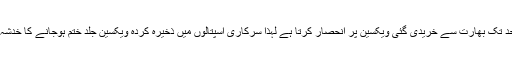
پاکستان بڑی حد تک بھارت سے خریدی گئی ویکسین پر انحصار کرتا ہے لہٰذا سرکاری اسپتالوں میں ذخیرہ کردہ ویکسین جلد ختم ہوجانے کا خدشہ پیدا ہوگیا ہے۔